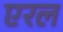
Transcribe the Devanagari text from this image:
एरल